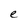
Character: e